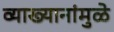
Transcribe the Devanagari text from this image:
व्याख्यानांमुळे